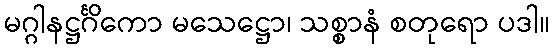
မဂ္ဂါနဋ္ဌင်္ဂိကော မသေဋ္ဌော၊ သစ္စာနံ စတုရော ပဒါ။